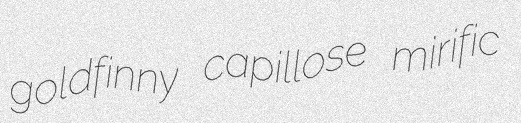
goldfinny capillose mirific